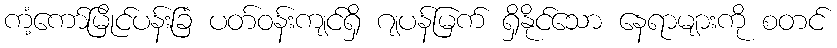
ကံ့ကော်မြိုင်ပန်းခြံ ပတ်ဝန်းကျင်ရှိ ဂျပန်မြက် ရှိနိုင်သော နေရာများကို စတင်